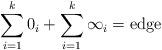
LaTeX: \begin{align*}\sum_{i=1}^{k}0_i+\sum_{i=1}^{k}\infty_i=\mbox{edge}\end{align*}